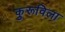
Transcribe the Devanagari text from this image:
कुरूविला